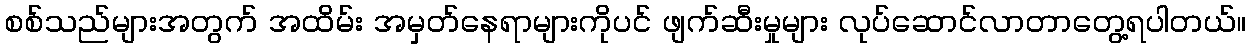
စစ်သည်များအတွက် အထိမ်း အမှတ်နေရာများကိုပင် ဖျက်ဆီးမှုများ လုပ်ဆောင်လာတာတွေ့ရပါတယ်။